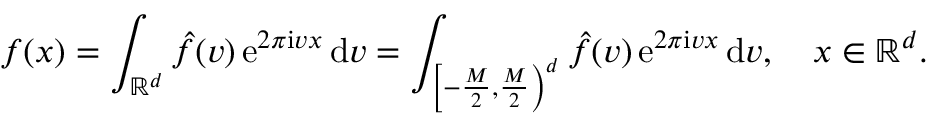
f ( \boldsymbol x ) = \int _ { \mathbb R ^ { d } } \hat { f } ( \boldsymbol v ) \, \mathrm e ^ { 2 \pi \mathrm i \boldsymbol v \boldsymbol x } \, \mathrm d \boldsymbol v = \int _ { \left[ - \frac M 2 , \frac M 2 \right) ^ { d } } \hat { f } ( \boldsymbol v ) \, \mathrm e ^ { 2 \pi \mathrm i \boldsymbol v \boldsymbol x } \, \mathrm d \boldsymbol v , \quad \boldsymbol x \in \mathbb R ^ { d } .